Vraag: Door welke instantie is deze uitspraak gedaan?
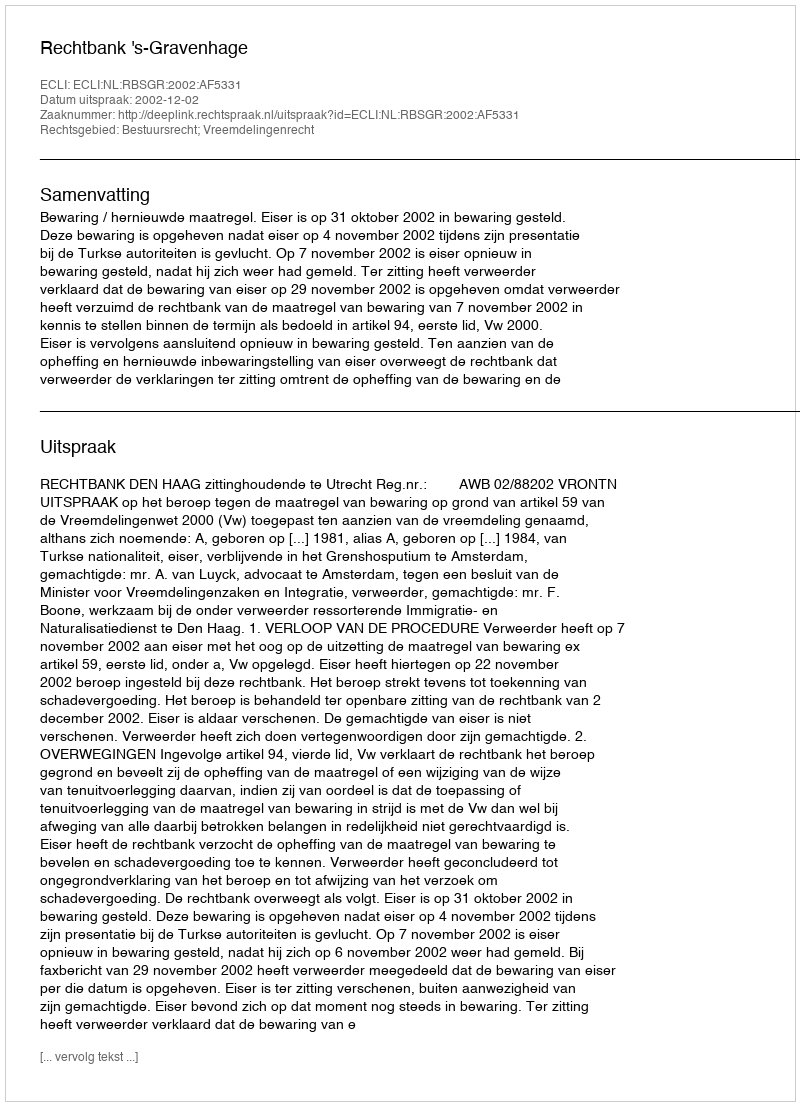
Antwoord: Rechtbank 's-Gravenhage